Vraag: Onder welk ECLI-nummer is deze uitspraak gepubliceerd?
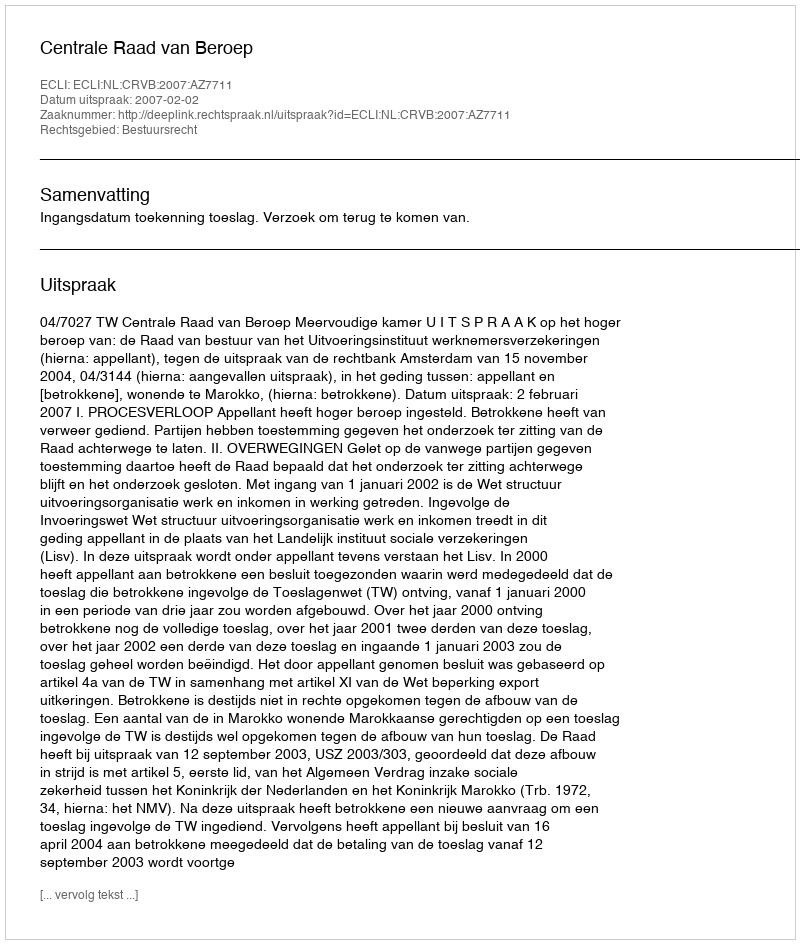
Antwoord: ECLI:NL:CRVB:2007:AZ7711